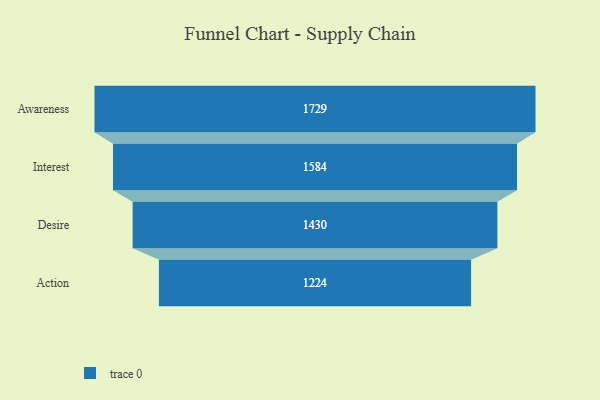
{"axis": {"x": "Stage", "y": "Value"}, "legend": [""], "data": [{"x": "Awareness", "y": 1729.0, "type": ""}, {"x": "Interest", "y": 1584.0, "type": ""}, {"x": "Desire", "y": 1430.0, "type": ""}, {"x": "Action", "y": 1224.0, "type": ""}]}